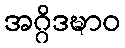
အဂ္ဂိဒဍ္ဎာဝ